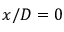
x / D = 0